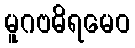
မူဂဗဓိရမေဝ